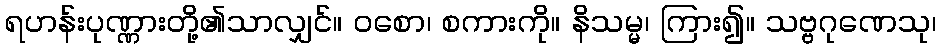
ရဟန်းပုဏ္ဏားတို့၏သာလျှင်။ ဝစော၊ စကားကို။ နိသမ္မ၊ ကြား၍။ သဗ္ဗဂုဏေသု၊